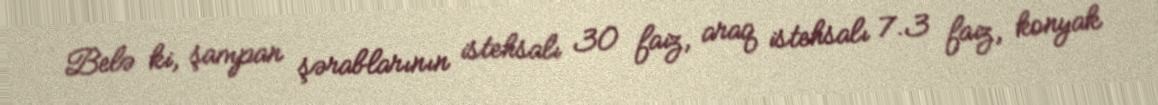
Belə ki, şampan şərablarının istehsalı 30 faiz, araq istehsalı 7.3 faiz, konyak